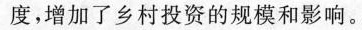
度，增加了乡村投资的规模和影响。